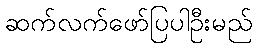
ဆက်လက်ဖော်ပြပါဦးမည်